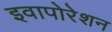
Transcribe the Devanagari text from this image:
इवापोरेशन